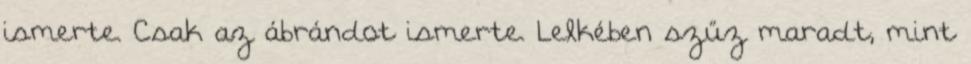
ismerte. Csak az ábrándot ismerte. Lelkében szűz maradt, mint